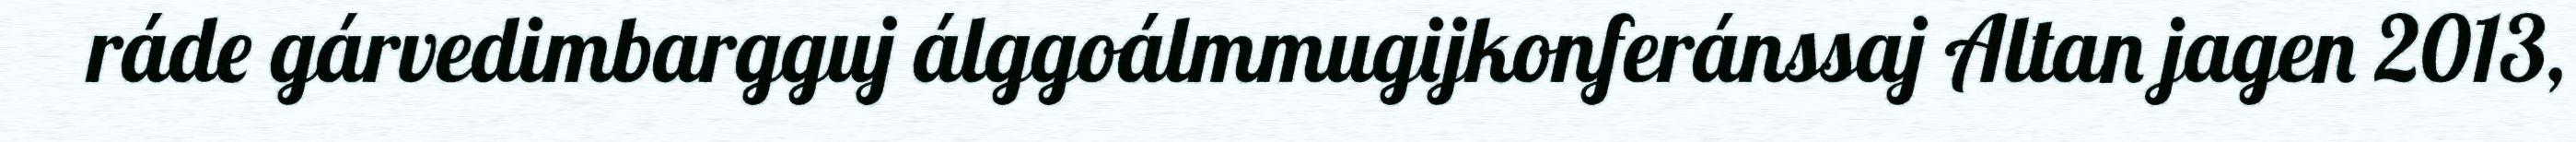
ráde gárvedimbargguj álggoálmmugijkonferánssaj Altan jagen 2013,